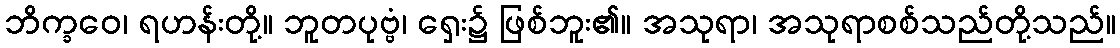
ဘိက္ခဝေ၊ ရဟန်းတို့။ ဘူတပုဗ္ဗံ၊ ရှေး၌ ဖြစ်ဘူး၏။ အသုရာ၊ အသုရာစစ်သည်တို့သည်။